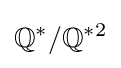
\mathbb {Q} ^{*}/\mathbb {Q} ^{*2}